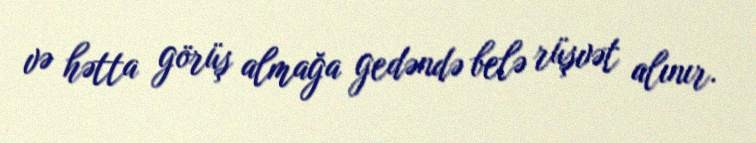
və hətta görüş almağa gedəndə belə rüşvət alınır.